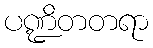
ပဏ္ဍိတတရာ